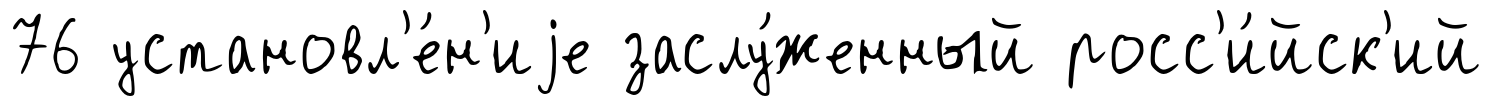
76 установл'е́н'иjе заслу́женный росс'и́йск'ий